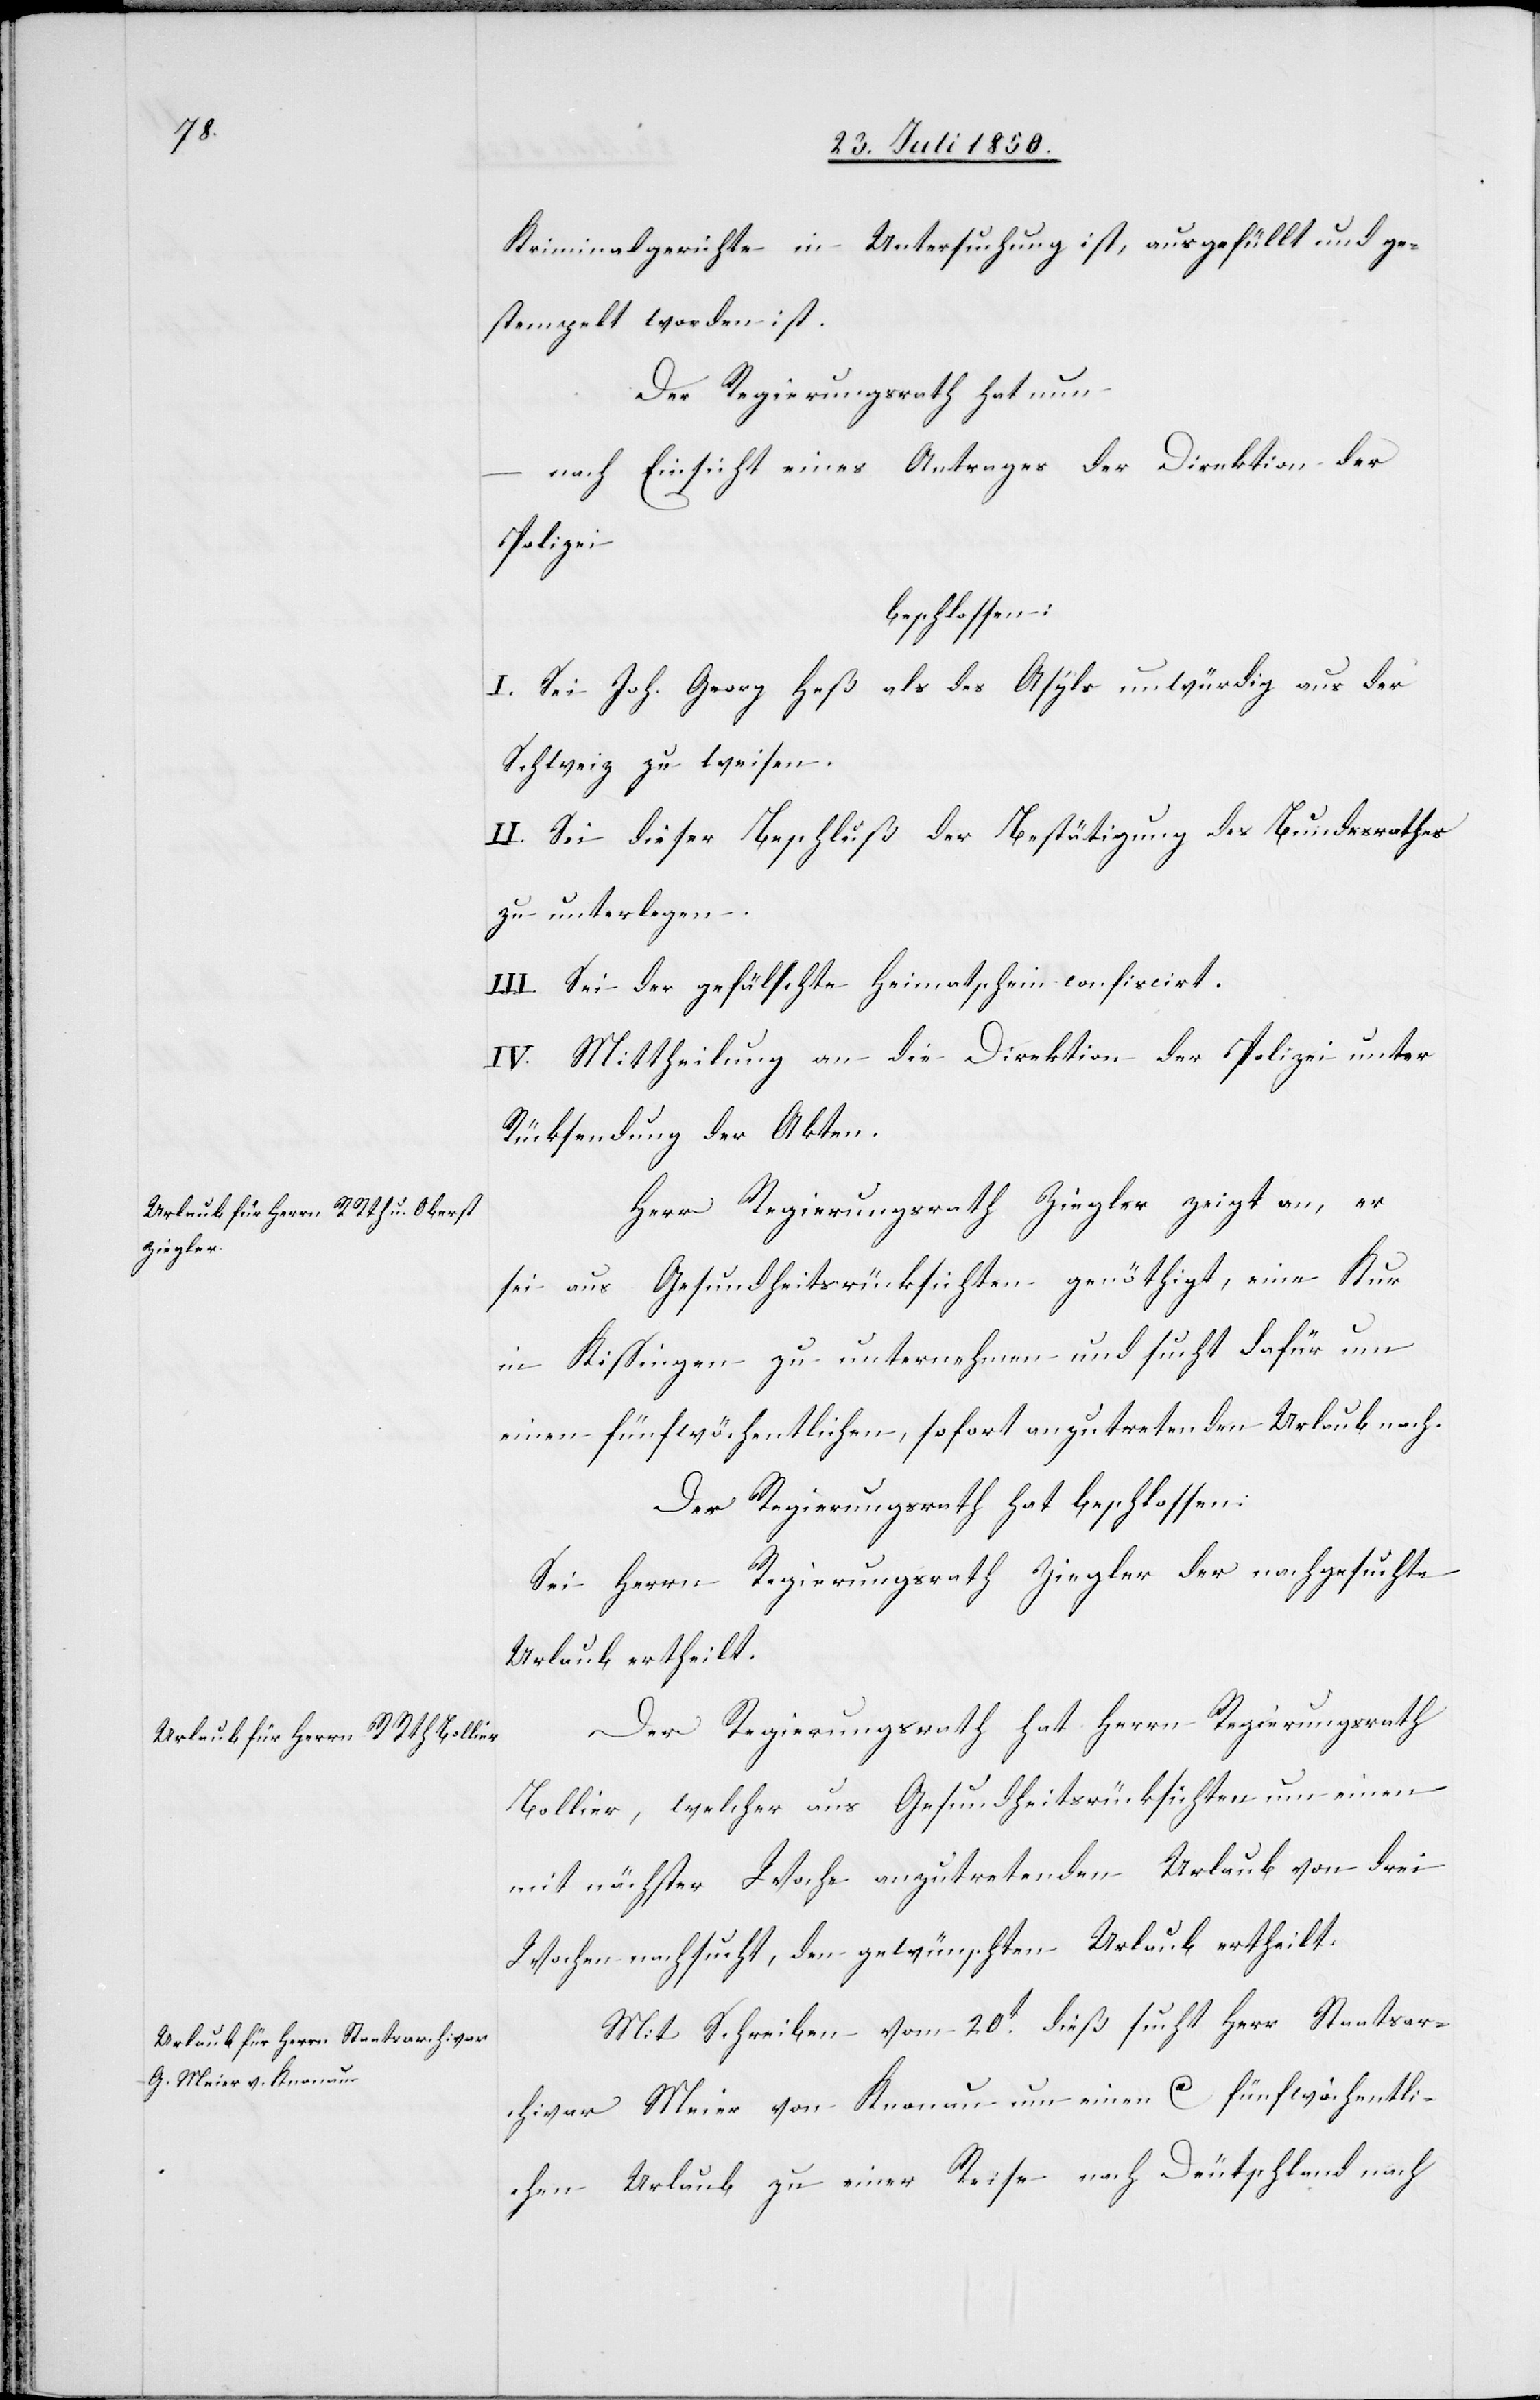
Kriminalgerichte in Untersuchung ist, ausgefüllt und ge¬
stempelt worden ist.
Der Regierungsrath hat nun
nach Einsicht eines Antrages der Direktion der
Polizei
beschlossen:
I. Sei Joh. Georg Heß als des Asyls unwürdig aus der
Schweiz zu weisen.
II. Sei dieser Beschluß der Bestätigung des Bundesrathes
zu unterlegen.
III. Sei der gefälschte Heimatschein confiscirt.
IV. Mittheilung an die Direktion der Polizei unter
Rücksendung der Akten.
Herr Regierungsrath Ziegler zeigt an, er
sei aus Gesundheitsrücksichten genöthigt, eine Kur
in Kissingen zu unternehmen und sucht dafür um
einen fünfwöchentlichen, sofort anzutretenden Urlaub nach.
Der Regierungsrath hat beschlossen:
Sei Herrn Regierungsrath Ziegler der nachgesuchte
Urlaub ertheilt.
Der Regierungsrath hat Herrn Regierungsrath
Bollier, welcher aus Gesundheitsrücksichten um eine
mit nächster Woche anzutretenden Urlaub von drei
Wochen nachsucht, den gewünschten Urlaub ertheilt.
Mit Schreiben vom 20t dieß sucht Herr Staatsar¬
chivar Meier von Knonau um einen Ca fünfwöchentli¬
chen Urlaub zu einer Reise nach Deutschland nach